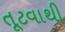
તૂટવાથી